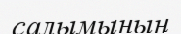
салымының